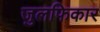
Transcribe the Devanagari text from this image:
जुलफिकार